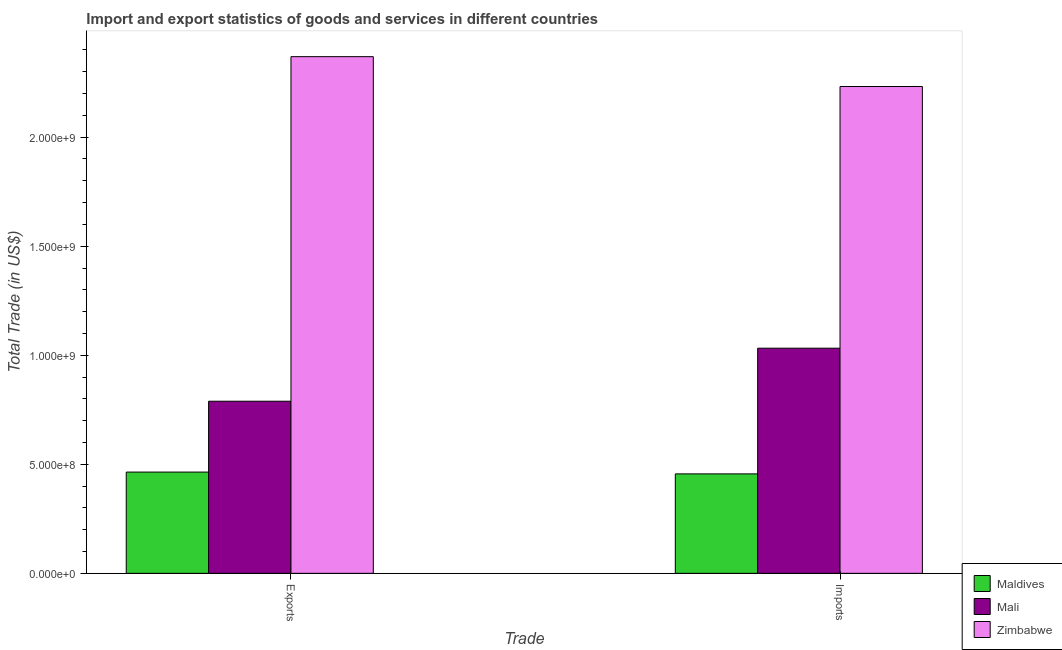
| Trade | Maldives | Mali | Zimbabwe |
 | --- | --- | --- | --- |
 | Exports | 4.64e+08 | 7.89e+08 | 2.37e+09 |
 | Imports | 4.56e+08 | 1.03e+09 | 2.23e+09 |